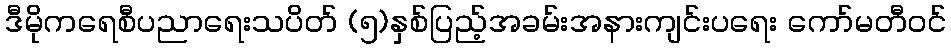
ဒီမိုကရေစီပညာရေးသပိတ် (၅)နှစ်ပြည့်အခမ်းအနားကျင်းပရေး ကော်မတီဝင်